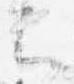
云